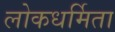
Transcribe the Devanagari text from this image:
लोकधर्मिता